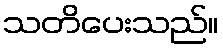
သတိပေးသည်။